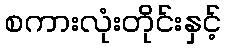
စကားလုံးတိုင်းနှင့်